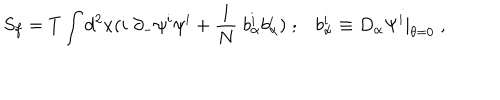
S _ { f } = T \int d ^ { 2 } x ( i \; \partial _ { - } \psi ^ { i } \psi ^ { i } + { \frac { 1 } { N } } \; b _ { \alpha } ^ { i } b _ { \alpha } ^ { i } ) \; ; b _ { \alpha } ^ { i } \equiv D _ { \alpha } \Psi ^ { i } | _ { \theta = 0 } \; ,